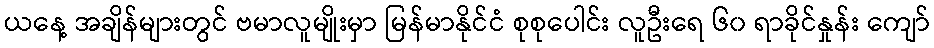
ယနေ့ အချိန်များတွင် ဗမာလူမျိုးမှာ မြန်မာနိုင်ငံ စုစုပေါင်း လူဦးရေ ၆၀ ရာခိုင်နှုန်း ကျော်